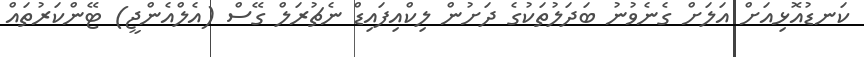
ކަނޑުއޮޅިއަށް އަލަށް ގެނެވުނު ބަދަލުތަކުގެ ދަށުން ލިކްއިފައިޑް ނެޗުރަލް ގޭސް (އެލްއެންޖީ) ޓޭންކަރުތައް